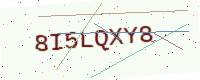
Text: 8I5LQXY8